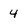
Character: 4